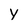
Character: y